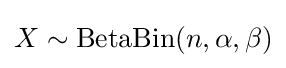
X\sim \mathrm {BetaBin} (n,\alpha ,\beta )